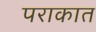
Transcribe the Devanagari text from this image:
पराकात